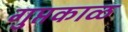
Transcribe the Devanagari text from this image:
गुप्तकाळ